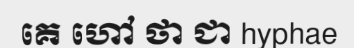
គេ ហៅ ថា ជា hyphae